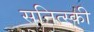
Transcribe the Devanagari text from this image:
सनित्स्की